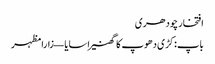
افتخار چودھری
باپ: کڑی دھوپ کا گھنیرا سایا — زارا مظہر